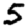
Digit: 5